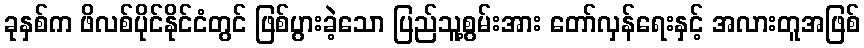
ခုနှစ်က ဖိလစ်ပိုင်နိုင်ငံတွင် ဖြစ်ပွားခဲ့သော ပြည်သူ့စွမ်းအား တော်လှန်ရေးနှင့် အလားတူအဖြစ်